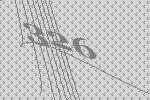
326